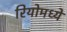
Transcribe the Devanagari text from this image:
रियोमध्ये